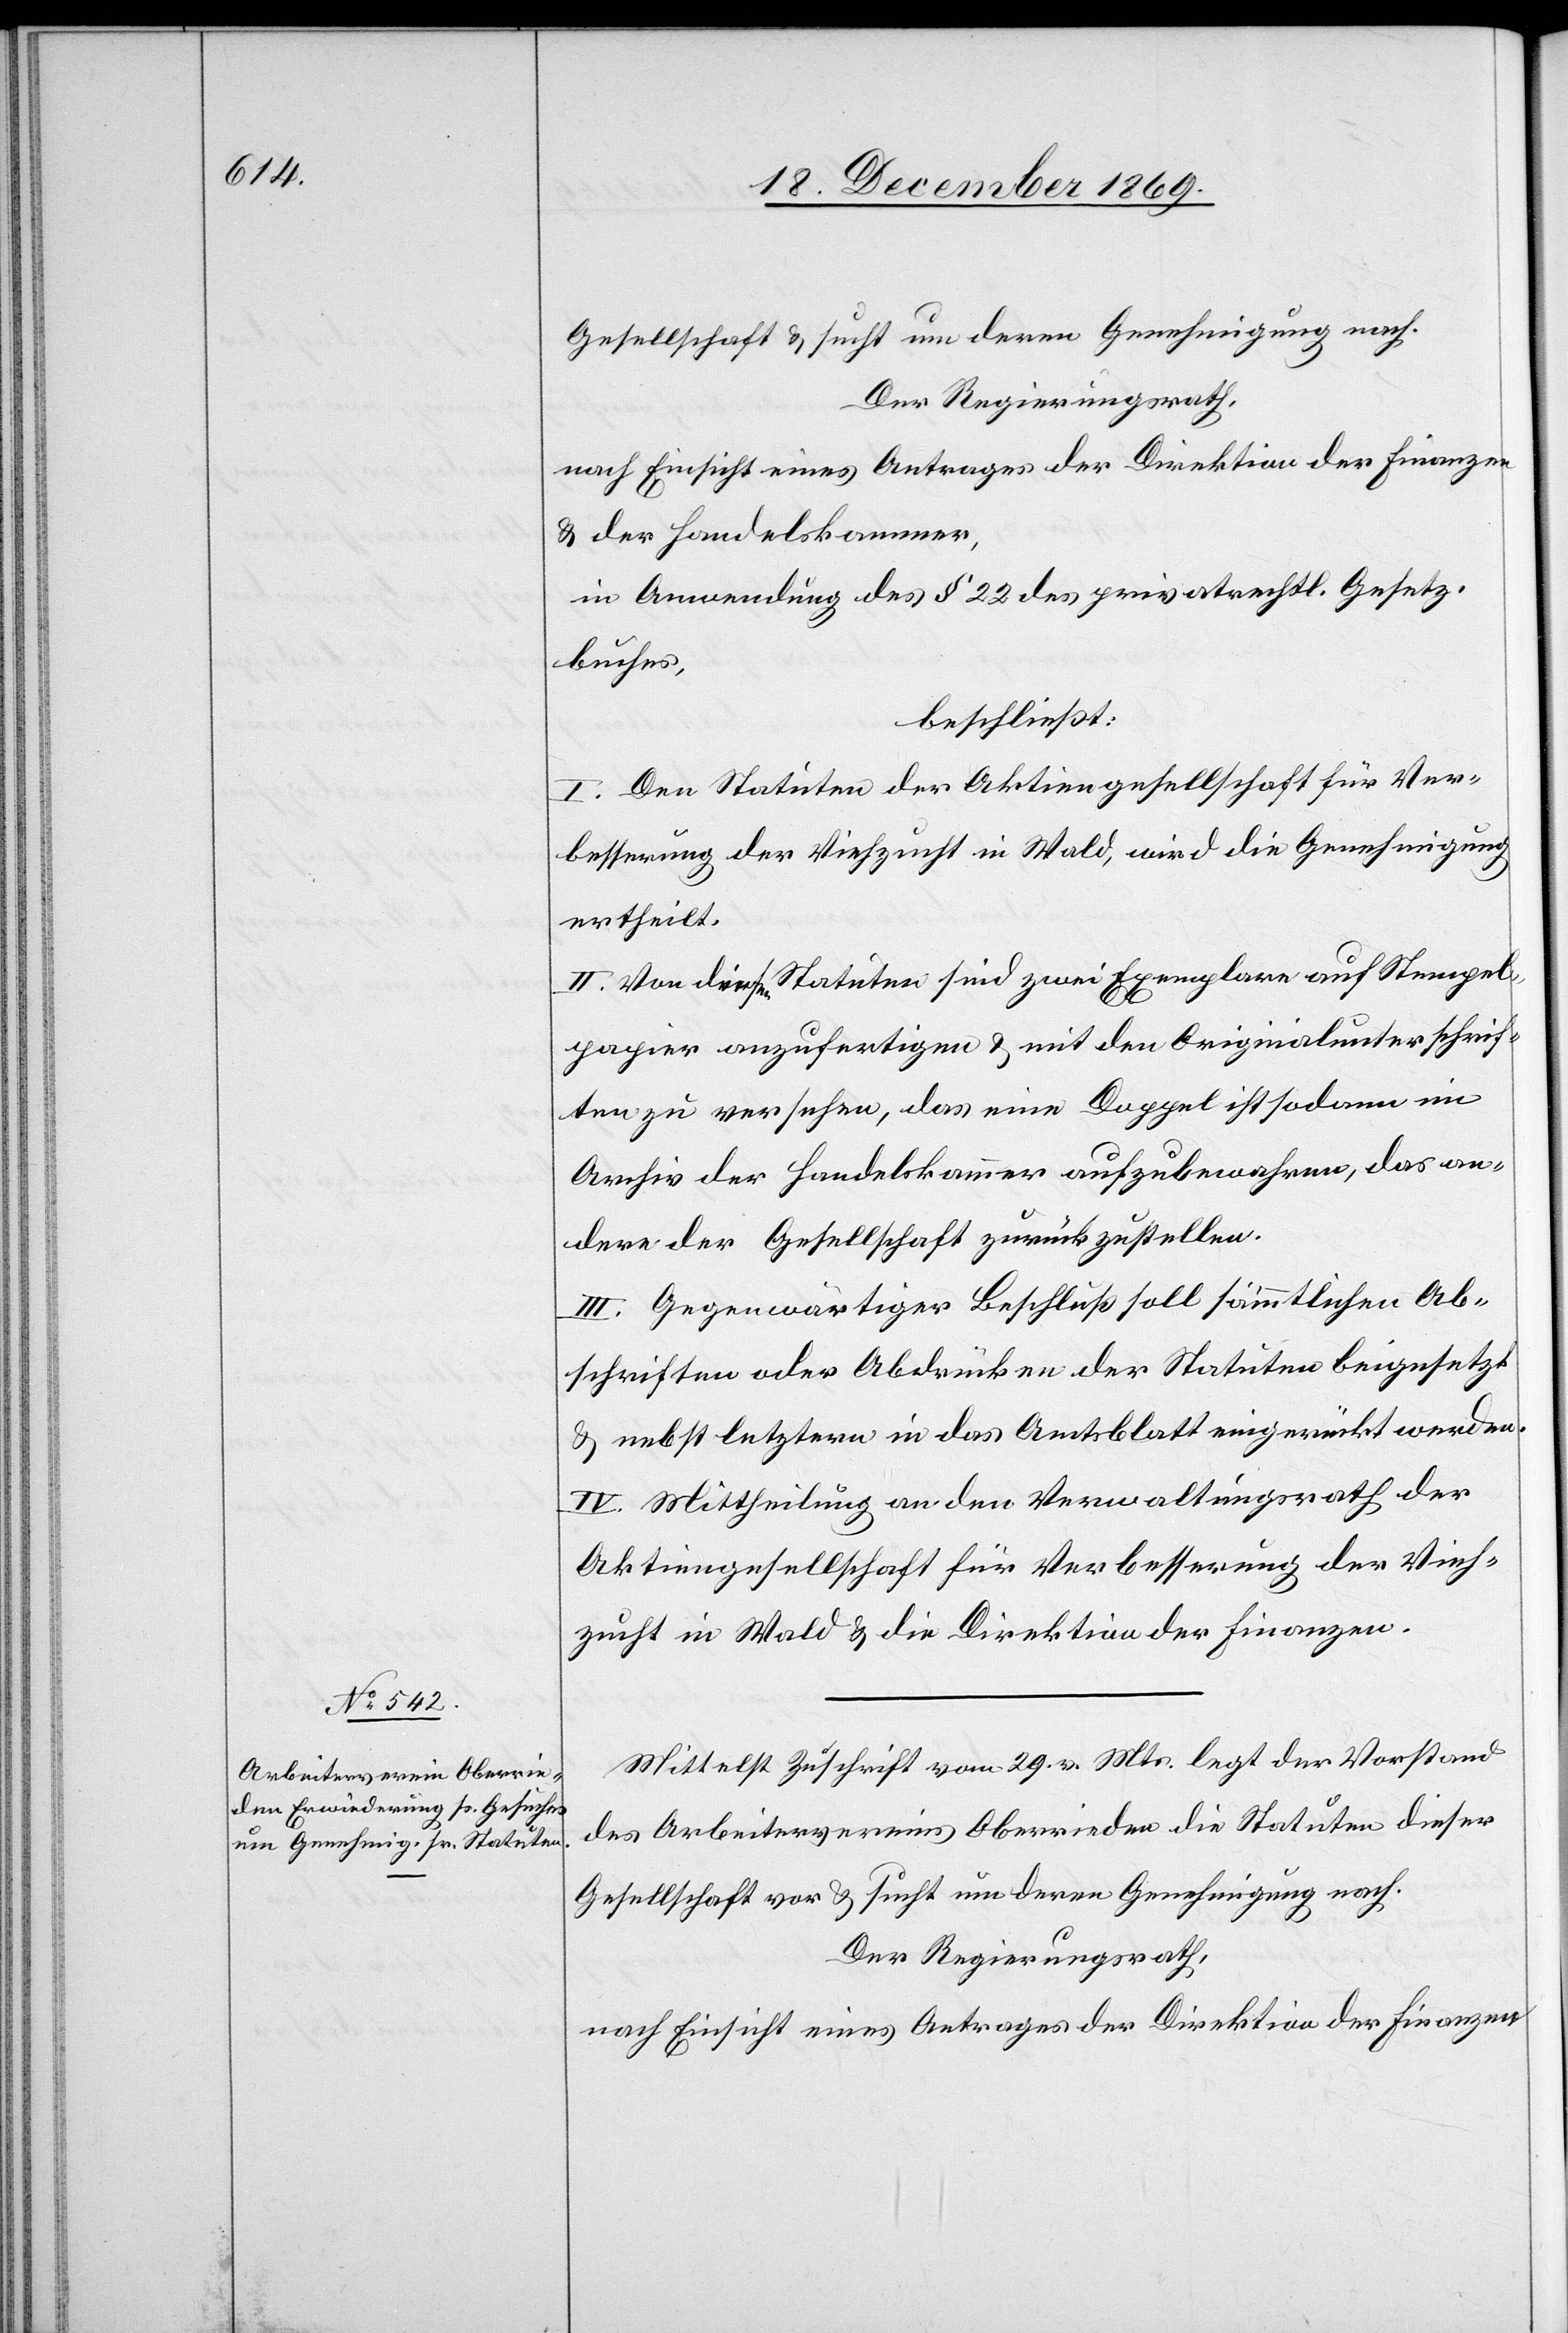
Gesellschaft & sucht um deren Genehmigung nach.
Der Regierungsrath,
nach Einsicht eines Antrages der Direktion der Finanzen
& der Handelskammer,
in Anwendung des § 22 des privatrechtl. Gesetz¬
buches,
beschließt:
I. Den Statuten der Aktiengesellschaft für Ver¬
besserung der Viehzucht in Wald, wird die Genehmigung
ertheilt.
II. Von diesen Statuten sind zwei Exemplare auf Stempel¬
papier anzufertigen & mit den Originalunterschrif¬
ten zu versehen, das eine Doppel ist sodann im
Archiv der Handelskammer aufzubewahren, das an¬
dere der Gesellschaft zurückzustellen.
III. Gegenwärtiger Beschluß soll sämmtlichen Ab¬
schriften oder Abdrücken der Statuten beigesetzt
& nebst letztern in das Amtsblatt eingerückt werden.
IV. Mittheilung an den Verwaltungsrath der
Aktiengesellschaft für Verbesserung der Vieh¬
zucht in Wald & die Direktion der Finanzen.
Mittelst Zuschrift vom 29. v. Mts. legt der Vorstand
des Arbeitervereins Oberrieden die Statuten dieser
Gesellschaft vor & sucht um deren Genehmigung nach.
Der Regierungsrath,
nach Einsicht eines Antrages der Direktion der Finanzen